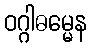
ဝဂ္ဂါဓမ္မေန